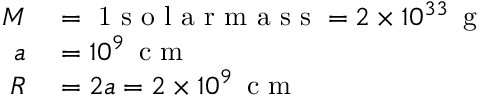
\begin{array} { r l } { M } & { { } = \mathrm { ~ 1 ~ s ~ o ~ l ~ a ~ r ~ m ~ a ~ s ~ s ~ } = 2 \times 1 0 ^ { 3 3 } \, \mathrm { ~ g ~ } } \\ { a } & { { } = 1 0 ^ { 9 } \, \mathrm { ~ c ~ m ~ } } \\ { R } & { { } = 2 a = 2 \times 1 0 ^ { 9 } \, \mathrm { ~ c ~ m ~ } } \end{array}